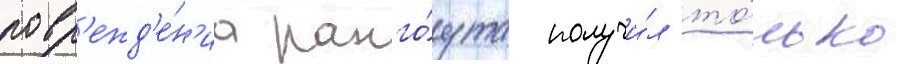
повр'ежд'е́н'иа ранго́ута получи́л то́лько